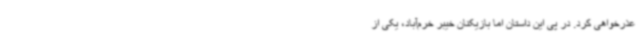
عذرخواهی کرد. در پی این داستان اما بازیکنان خیبر خرم‌آباد، یکی از